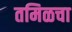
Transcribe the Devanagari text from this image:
तमिळचा